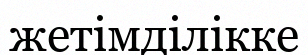
жетімділікке